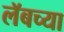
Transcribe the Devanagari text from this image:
लॅबच्या